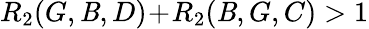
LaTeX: R_{2}(G,\mathit{B},D)\! +\! R_{2}(\mathit{B},G,C)>1